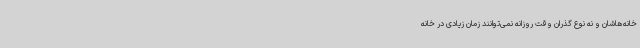
خانه‌هاشان و نه نوع گذران وقت روزانه نمی‌توانند زمان زیادی در خانه